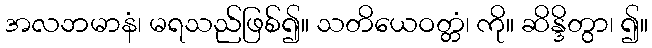
အလဘမာနံ၊ မရသည်ဖြစ်၍။ သတိယေဝတ္တံ၊ ကို။ ဆိန္ဒိတွာ၊ ၍။